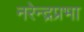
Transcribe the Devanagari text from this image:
नरेन्द्रप्रभा